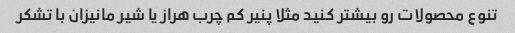
تنوع محصولات رو بیشتر کنید مثلا پنیر کم چرب هراز یا شیر مانیزان با تشکر